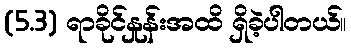
(5.3) ရာခိုင်နှုန်းအထိ ရှိခဲ့ပါတယ်။